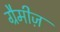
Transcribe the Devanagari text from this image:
ग्रैमीज़